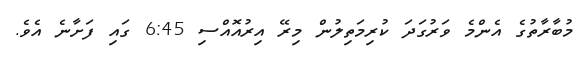
މުބާރާތުގެ އެންމެ ވަރުގަދަ ކުރިމަތިލުން މިރޭ އިރުއޮއްސި 6:45 ގައި ފަށާނެ އެވެ.